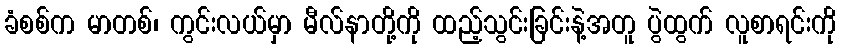
ခံစစ်က မာတစ်၊ ကွင်းလယ်မှာ မီလ်နာတို့ကို ထည့်သွင်းခြင်းနဲ့အတူ ပွဲထွက် လူစာရင်းကို